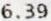
6.39